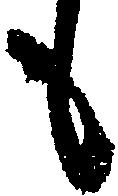
も